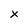
Character: x